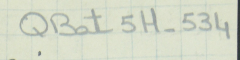
QBat5H-534